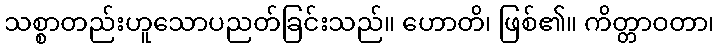
သစ္စာတည်းဟူသောပညတ်ခြင်းသည်။ ဟောတိ၊ ဖြစ်၏။ ကိတ္တာဝတာ၊